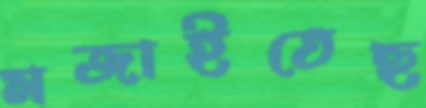
মজাইতেছ